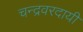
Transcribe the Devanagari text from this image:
चन्द्रवरदायी